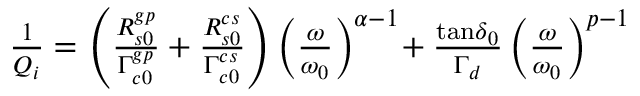
\begin{array} { r } { \frac { 1 } { Q _ { i } } = \left( \frac { R _ { s 0 } ^ { g p } } { \Gamma _ { c 0 } ^ { g p } } + \frac { R _ { s 0 } ^ { c s } } { \Gamma _ { c 0 } ^ { c s } } \right) \left( \frac { \omega } { \omega _ { 0 } } \right) ^ { \alpha - 1 } \! + \frac { { \tan \! \delta } _ { 0 } } { \Gamma _ { d } } \left( \frac { \omega } { \omega _ { 0 } } \right) ^ { p - 1 } } \end{array}